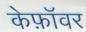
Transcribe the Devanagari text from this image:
केफ़ॉवर